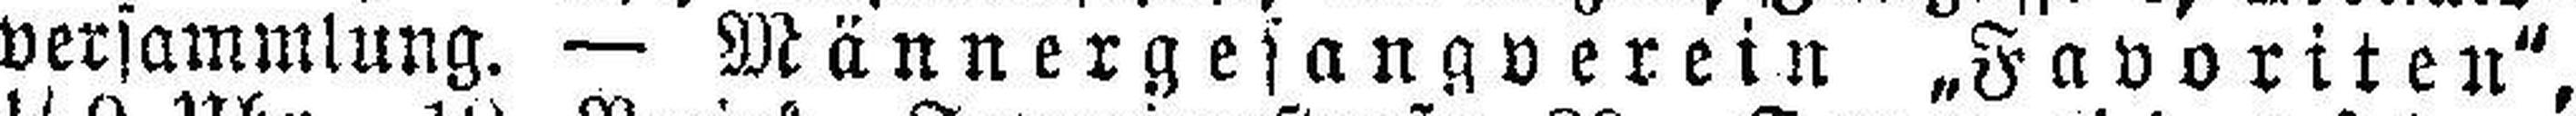
versammlung. — Männergesangverein „Favoriten",